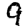
Digit: 9